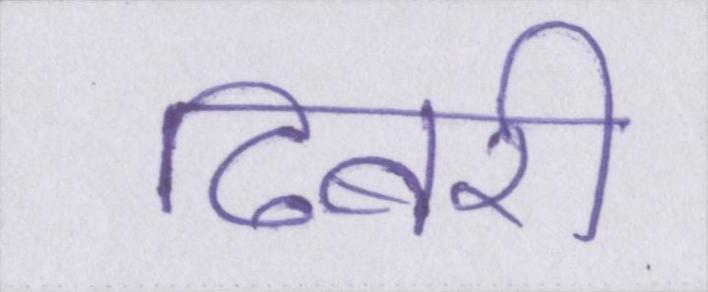
ढिबरी